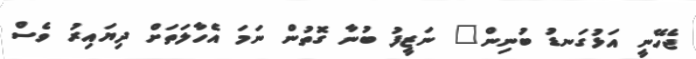
ޖެހޭނީ އަޅުގަނޑު ބުނިން" ނަޒީފު ބުނާ ގޮތުން ނަމަ އެހާލަތަށް ދިޔައިރު ވެސް